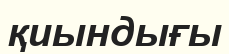
қиындығы